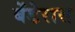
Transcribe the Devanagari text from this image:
बेंडेरास